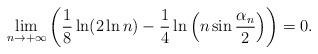
LaTeX: \begin{align*}\lim\limits_{n\to+\infty}\left(\frac{1}{8}\ln (2\ln n)-\frac{1}{4}\ln\left(n\sin\frac{\alpha_n}{2}\right)\right)=0.\end{align*}